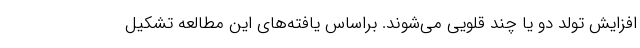
افزایش تولد دو یا چند قلویی می‌شوند. براساس یافته‌های این مطالعه تشکیل